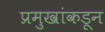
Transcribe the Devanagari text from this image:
प्रमुखांकडून